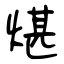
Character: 煁